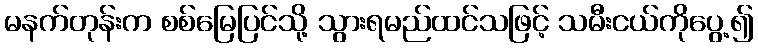
မနက်တုန်းက စစ်မြေပြင်သို့ သွားရမည်ထင်သဖြင့် သမီးငယ်ကိုပွေ့၍